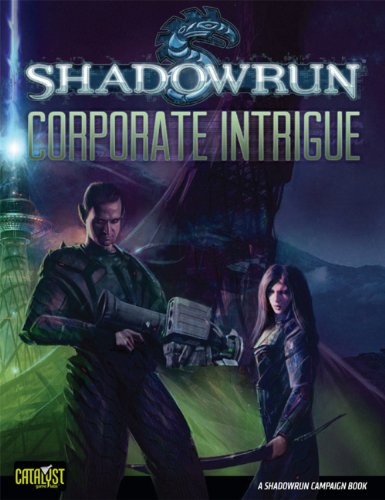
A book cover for Shadowrun Corporate Intrigue (Shadowrun (Catalyst)); Mark Dynna; Science Fiction & Fantasy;